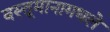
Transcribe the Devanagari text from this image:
वस्तूमानामधले